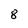
Character: 8